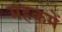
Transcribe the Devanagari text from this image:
महकमें